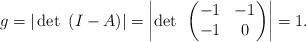
LaTeX: \begin{align*}g=|\det~(I-A)|=\left|\det~\left(\begin{matrix}-1 & -1\cr-1 & 0\end{matrix}\right)\right|=1.\end{align*}